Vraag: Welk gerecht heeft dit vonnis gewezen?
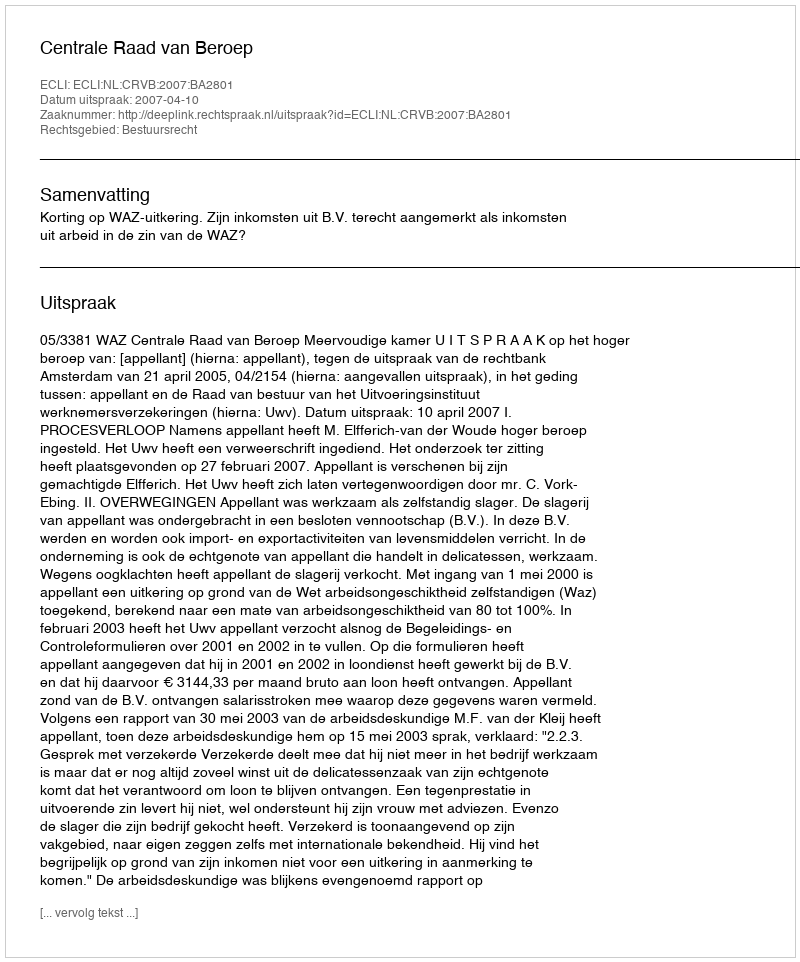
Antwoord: Centrale Raad van Beroep